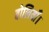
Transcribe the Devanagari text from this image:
बोलियाँ।